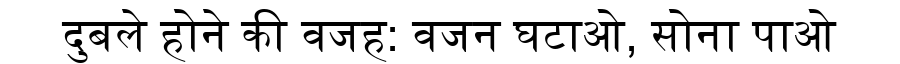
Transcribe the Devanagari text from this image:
दुबले होने की वजह: वजन घटाओ, सोना पाओ